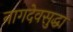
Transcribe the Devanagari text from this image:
नागदेवसुद्धा